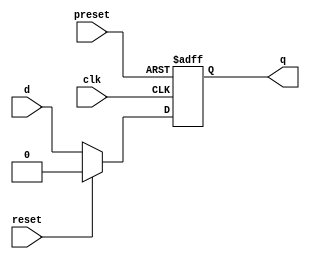
module dff_async_preset (
    input wire clk,
    input wire reset,
    input wire preset,
    input wire d,
    output reg q
);

always @(posedge clk or posedge preset)
begin
    if (preset)
        q <= 1'b1;
    else if (reset)
        q <= 1'b0;
    else
        q <= d;
end

endmodule